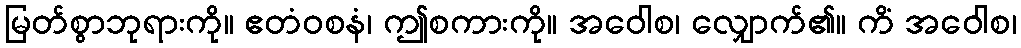
မြတ်စွာဘုရားကို။ ဧတံဝစနံ၊ ဤစကားကို။ အဝေါစ၊ လျှောက်၏။ ကိံ အဝေါစ၊